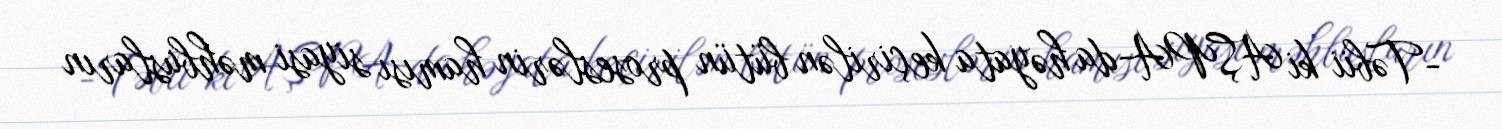
-Təbii ki AŞPA-da həyata keçirilən bütün proseslərin hamısı siyasi məhbusların